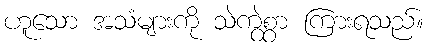
ဟူသော အသံများကို သဲကွဲစွာ ကြားရသည်။